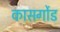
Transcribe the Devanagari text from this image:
कासर्गोड